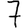
Digit: 7